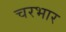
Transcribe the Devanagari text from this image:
चरभार